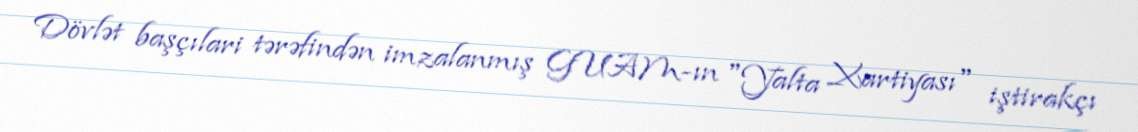
Dövlət başçılari tərəfindən imzalanmış GUAM-ın "Yalta Xartiyası" iştirakçı